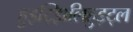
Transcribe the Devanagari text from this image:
हुइट्झिलिहुइट्ल